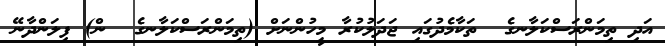
އަދި ތިމަންރަސްކަލާނގެ  ތަކާމެދުގައި ޖަދަލުކުރާ މީހުންނަށް (ތިމަންރަސްކަލާނގެ  ން) ފިލަންދާނޭ